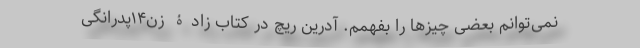
نمی‌توانم بعضی چیزها را بفهمم. آدرین ریچ در کتاب زادۀ زن۱۴پدرانگی